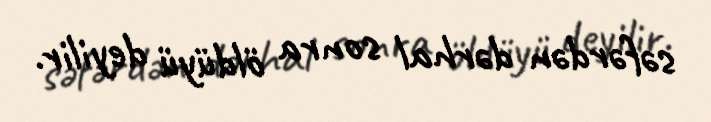
səfərdən dərhal sonra öldüyü deyilir.